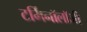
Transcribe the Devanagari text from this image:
टर्मिनाॅलाॅजी